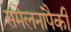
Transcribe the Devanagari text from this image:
संमेलनांपैकी